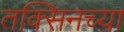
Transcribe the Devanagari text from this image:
तक्सिनच्या